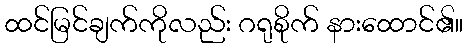
ထင်မြင်ချက်ကိုလည်း ဂရုစိုက် နားထောင်၏။